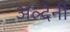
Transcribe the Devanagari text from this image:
अल्देर्नी